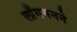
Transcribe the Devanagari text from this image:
लाँगमनने